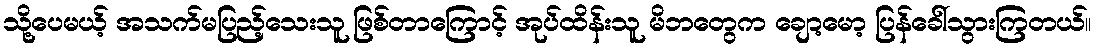
သို့ပေမယ့် အသက်မပြည့်သေးသူ ဖြစ်တာကြောင့် အုပ်ထိန်းသူ မိဘတွေက ချော့မော့ ပြန်ခေါ်သွားကြတယ်။